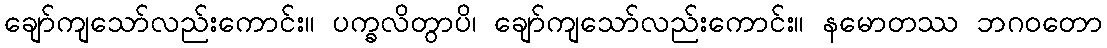
ချော်ကျသော်လည်းကောင်း။ ပက္ခလိတွာပိ၊ ချော်ကျသော်လည်းကောင်း။ နမောတဿ ဘဂဝတော